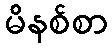
မိနစ်စာ